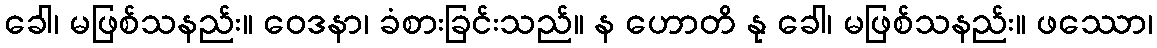
ခေါ၊ မဖြစ်သနည်း။ ဝေဒနာ၊ ခံစားခြင်းသည်။ န ဟောတိ နု ခေါ၊ မဖြစ်သနည်း။ ဖဿော၊